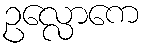
ဥလ္လောကေ